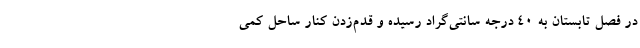
در فصل تابستان به ۴۰ درجه سانتی‌گراد رسیده و قدم‌زدن کنار ساحل کمی